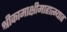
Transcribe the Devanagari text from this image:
श्रीकामाक्षीमाहात्म्यात